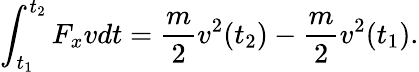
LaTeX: \int_{t_{1}}^{t_{2}}F_{x}vdt={\frac{m}{2}}v^{2}(t_{2})-{\frac{m}{2}}v^{2}(t_{1}).